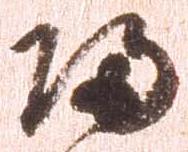
帰